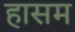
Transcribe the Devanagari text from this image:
हासम